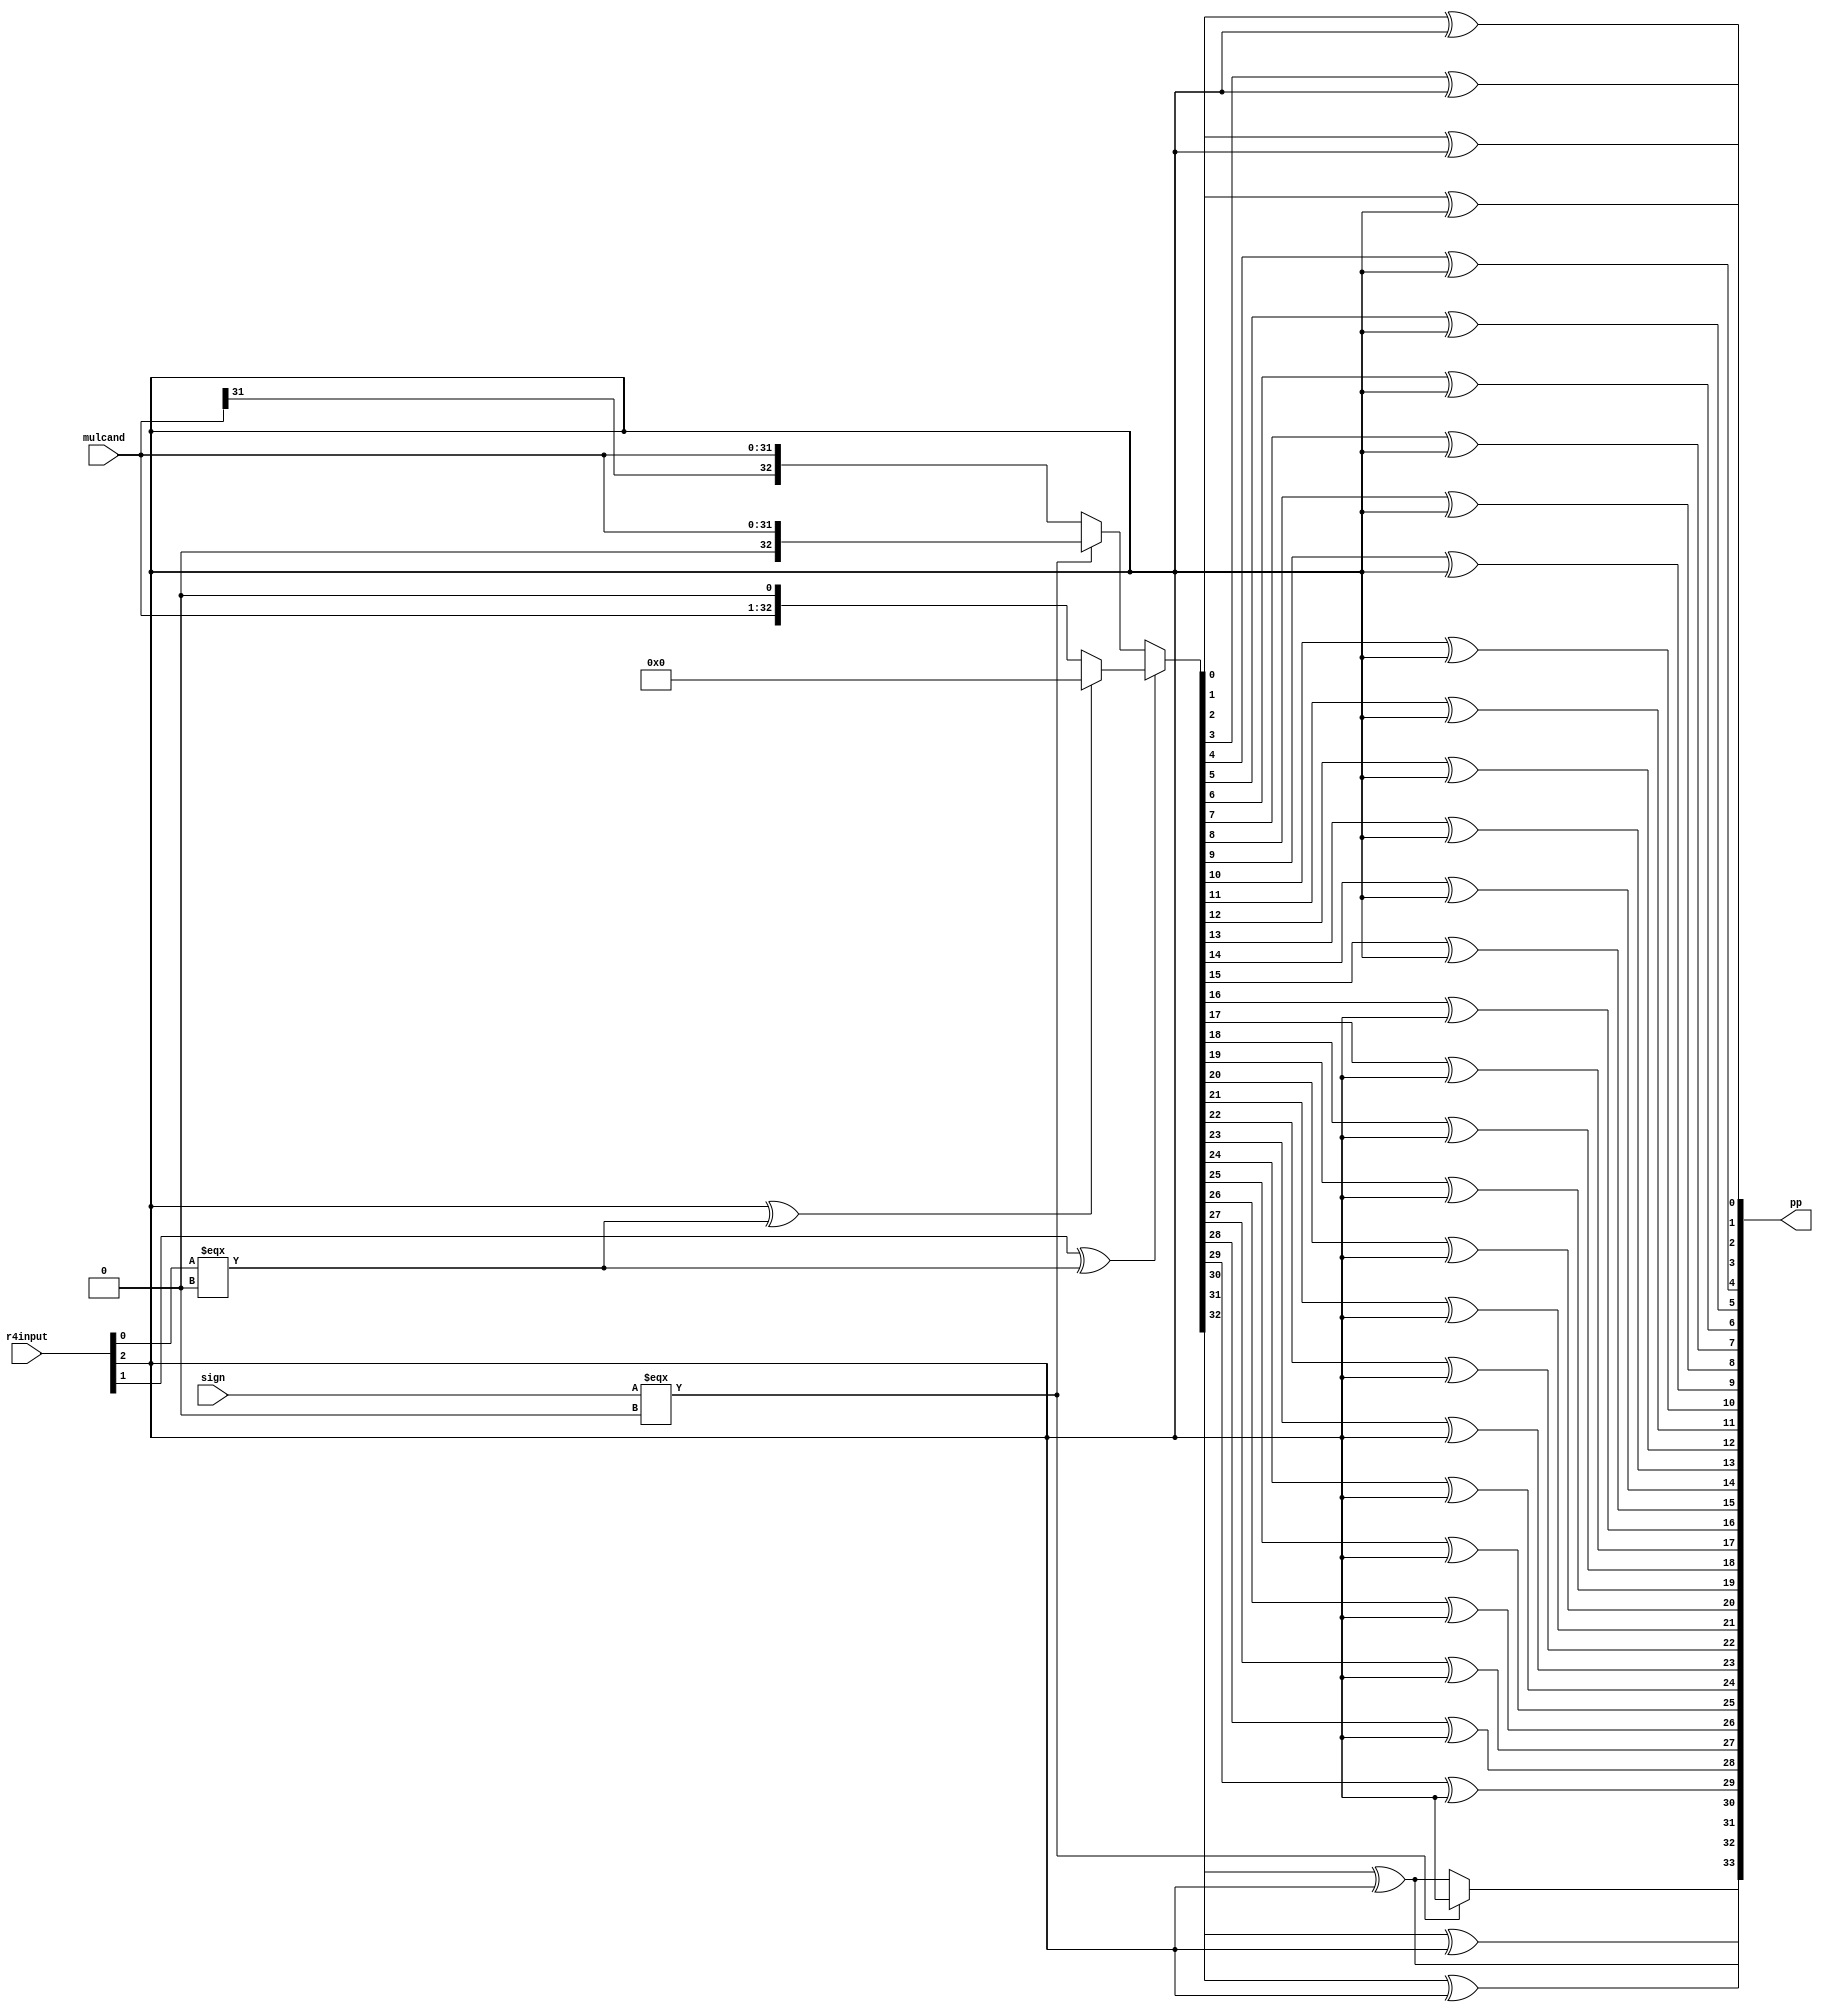
module BoothPPG_32R4_NORM(mulcand, r4input, sign, pp);
input wire [31:0] mulcand;
input wire [2:0] r4input;
input wire sign;

output wire[33:0] pp;

wire[32:0] raw;

assign raw[32:0] = (r4input[1]^r4input[0] === 0)?
    ((r4input[2]^r4input[0] === 0)?0:{mulcand[31:0], 1'b0}):
    ((sign === 0)?{1'b0, mulcand[31:0]}:{mulcand[31], mulcand[31:0]});

genvar i;
generate
    for(i = 0;i <= 32; i = i+1) begin
        assign pp[i] = raw[i]^r4input[2];
    end
endgenerate

assign pp[33] = (sign === 0)?r4input[2]:pp[32];
    
endmodule